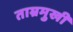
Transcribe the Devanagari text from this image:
ताम्रमुखी